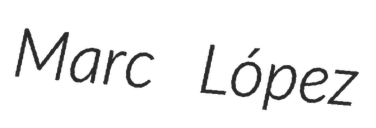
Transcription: Marc López